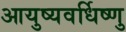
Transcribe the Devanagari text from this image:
आयुष्यवर्धिष्णु